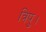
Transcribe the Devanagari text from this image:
त्रिपु।